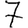
Digit: 7